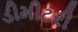
ડીમીટરી